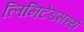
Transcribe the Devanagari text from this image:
लिमिटेडमध्ये